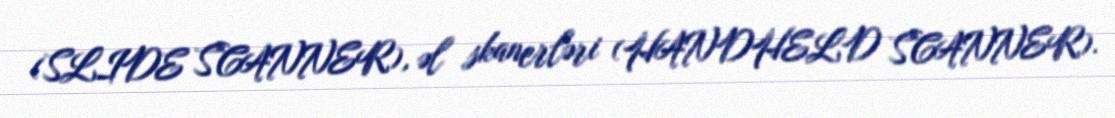
(SLIDE SCANNER), əl skanerləri (HANDHELD SCANNER).